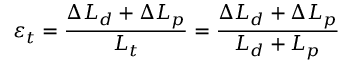
\varepsilon _ { t } = \frac { \Delta L _ { d } + \Delta L _ { p } } { L _ { t } } = \frac { \Delta L _ { d } + \Delta L _ { p } } { L _ { d } + L _ { p } }